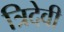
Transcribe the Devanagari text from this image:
त्रिदेवी